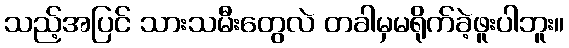
သည့်အပြင် သားသမီးတွေလဲ တခါမှမရိုက်ခဲ့ဖူးပါဘူး။